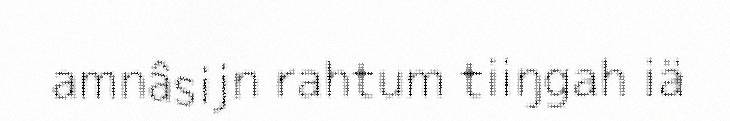
amnâsijn rahtum tiiŋgah iä